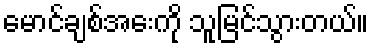
မောင်ချစ်အေးကို သူမြင်သွားတယ်။